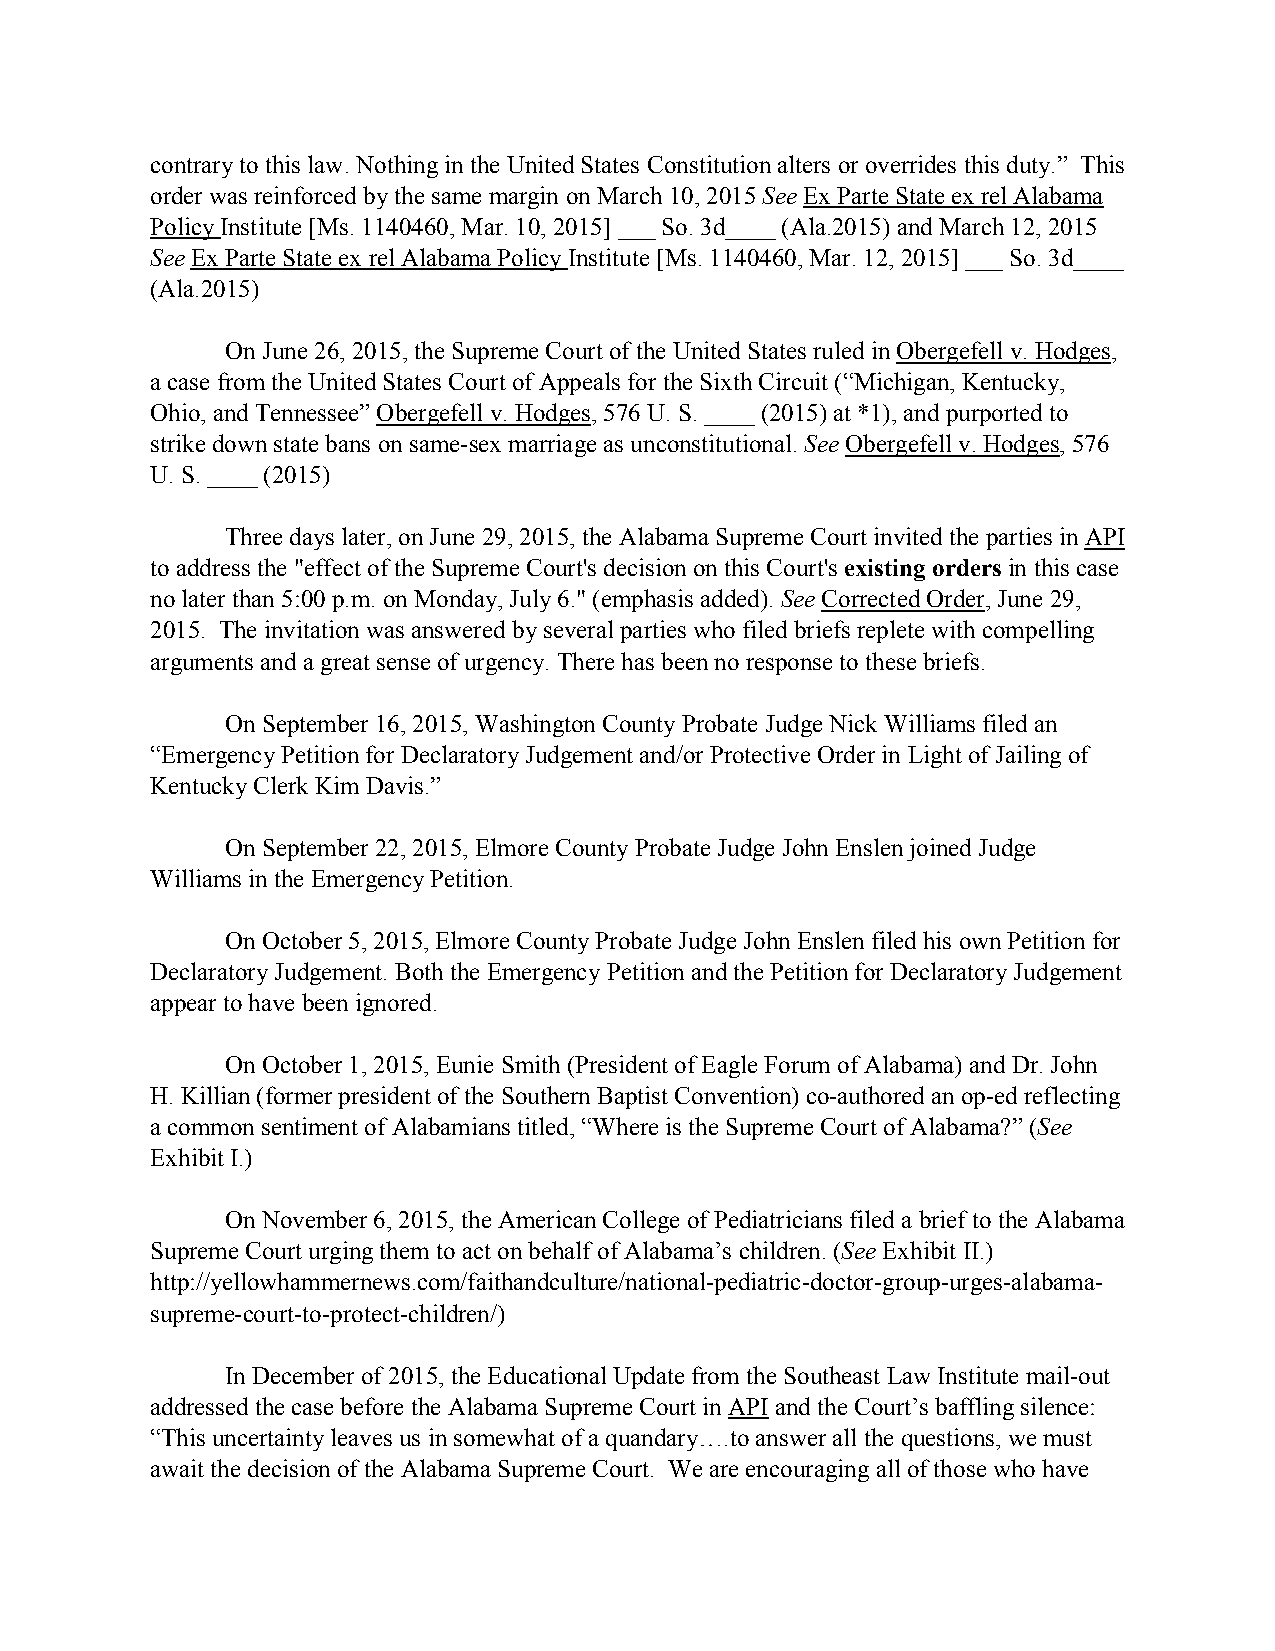
contrary to this law. Nothing in the United States Constitution alters or overrides this duty.” This
 order was reinforced by the same margin on March 10, 2015 See Ex Parte State ex rel Alabama
 Policy Institute [Ms. 1140460, Mar. 10, 2015] ___ So. 3d____ (Ala.2015) and March 12, 2015
 See Ex Parte State ex rel Alabama Policy Institute [Ms. 1140460, Mar. 12, 2015] ___ So. 3d____
 (Ala.2015)
 On June 26, 2015, the Supreme Court of the United States ruled in Obergefell v. Hodges,
 a case from the United States Court of Appeals for the Sixth Circuit (“Michigan, Kentucky,
 Ohio, and Tennessee” Obergefell v. Hodges, 576 U. S. ____ (2015) at *1), and purported to
 strike down state bans on same-sex marriage as unconstitutional. See Obergefell v. Hodges, 576
 U. S. ____ (2015)
 Three days later, on June 29, 2015, the Alabama Supreme Court invited the parties in API
 to address the "effect of the Supreme Court's decision on this Court's existing orders in this case
 no later than 5:00 p.m. on Monday, July 6." (emphasis added). See Corrected Order, June 29,
 2015. The invitation was answered by several parties who filed briefs replete with compelling
 arguments and a great sense of urgency. There has been no response to these briefs.
 On September 16, 2015, Washington County Probate Judge Nick Williams filed an
 “Emergency Petition for Declaratory Judgement and/or Protective Order in Light of Jailing of
 Kentucky Clerk Kim Davis.”
 On September 22, 2015, Elmore County Probate Judge John Enslen joined Judge
 Williams in the Emergency Petition.
 On October 5, 2015, Elmore County Probate Judge John Enslen filed his own Petition for
 Declaratory Judgement. Both the Emergency Petition and the Petition for Declaratory Judgement
 appear to have been ignored.
 On October 1, 2015, Eunie Smith (President of Eagle Forum of Alabama) and Dr. John
 H. Killian (former president of the Southern Baptist Convention) co-authored an op-ed reflecting
 a common sentiment of Alabamians titled, “Where is the Supreme Court of Alabama?” (See
 Exhibit I.)
 On November 6, 2015, the American College of Pediatricians filed a brief to the Alabama
 Supreme Court urging them to act on behalf of Alabama’s children. (See Exhibit II.)
 http://yellowhammernews.com/faithandculture/national-pediatric-doctor-group-urges-alabama-
 supreme-court-to-protect-children/)
 In December of 2015, the Educational Update from the Southeast Law Institute mail-out
 addressed the case before the Alabama Supreme Court in API and the Court’s baffling silence:
 “This uncertainty leaves us in somewhat of a quandary….to answer all the questions, we must
 await the decision of the Alabama Supreme Court. We are encouraging all of those who have